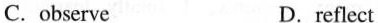
C.observe